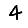
Digit: 4